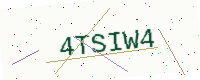
Text: 4TSIW4